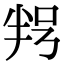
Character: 𠲑